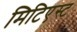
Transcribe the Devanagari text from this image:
मिटिएस्ट